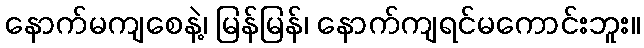
နောက်မကျစေနဲ့၊ မြန်မြန်၊ နောက်ကျရင်မကောင်းဘူး။